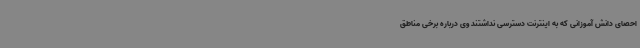
احصای دانش آموزانی که به اینترنت دسترسی نداشتند وی درباره برخی مناطق